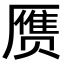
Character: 赝